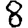
Digit: 8